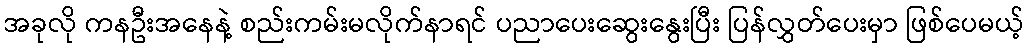
အခုလို ကနဦးအနေနဲ့ စည်းကမ်းမလိုက်နာရင် ပညာပေးဆွေးနွေးပြီး ပြန်လွှတ်ပေးမှာ ဖြစ်ပေမယ့်